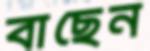
বাছেন